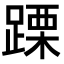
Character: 𨃙